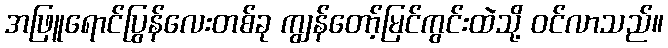
အဖြူရောင်ပြွန်လေးတစ်ခု ကျွန်တော့်မြင်ကွင်းထဲသို့ ဝင်လာသည်။